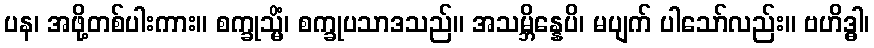
ပန၊ အဖို့တစ်ပါးကား။ စက္ခုသ္မိံ၊ စက္ခုပသာဒသည်။ အသမ္ဘိန္နေပိ၊ မပျက် ပါသော်လည်း။ ဗဟိဒ္ဓါ၊